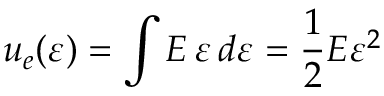
u _ { e } ( \varepsilon ) = \int { E \, \varepsilon } \, d \varepsilon = { \frac { 1 } { 2 } } E { \varepsilon } ^ { 2 }